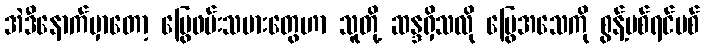
အဲဒီနောက်မှာတော့ မြွေဖမ်းသမားတွေဟာ သူတို့ ဆန္ဒရှိသလို မြွေအသေကို စွန့်ပစ်ရင်ပစ်